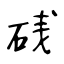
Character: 𥒎